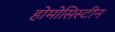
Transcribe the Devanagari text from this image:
होमोसिस्टीन